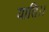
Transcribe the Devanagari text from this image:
याति।।